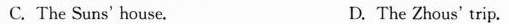
C.The Suns'house, D. The Zhous'trip.